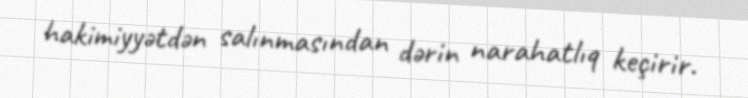
hakimiyyətdən salınmasından dərin narahatlıq keçirir.